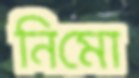
নিমো